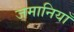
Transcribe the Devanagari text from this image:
जमानियाँ